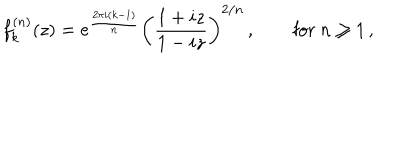
f _ { k } ^ { ( n ) } ( z ) = e ^ { \frac { 2 \pi i ( k - 1 ) } { n } } \left( { \frac { 1 + i z } { 1 - i z } } \right) ^ { 2 / n } \, , \qquad \mathrm { f o r } \ n \geq 1 \, ,